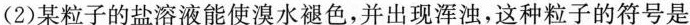
(2)某粒子的盐溶液能使溴水褪色，并出现浑浊，这种粒子的符号是